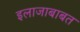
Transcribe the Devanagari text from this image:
इलाजाबाबत